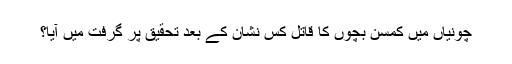
چونیاں میں کمسن بچوں کا قاتل کس نشان کے بعد تحقیق پر گرفت میں آیا؟